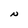
Character: N